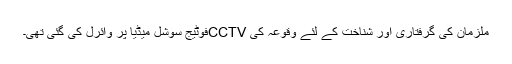
ملزمان کی گرفتاری اور شناخت کے لئے وقوعہ کی CCTVفوٹیج سوشل میڈیا پر وائرل کی گئی تھی۔